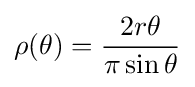
\rho (\theta )={\frac {2r\theta }{\pi \sin \theta }}